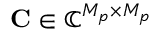
\mathbf { C } \in \mathbb { C } ^ { M _ { p } \times M _ { p } }